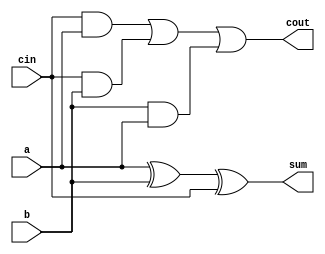
/*
 * Generated by Digital. Don't modify this file!
 * Any changes will be lost if this file is regenerated.
 */

module full_adder (
  input a,
  input cin,
  input b,
  output sum,
  output cout
);
  assign sum = (a ^ b ^ cin);
  assign cout = ((cin & a) | (cin & b) | (b & a));
endmodule

module four_bit_adder (
  input [3:0] a,
  input [3:0] b,
  input cin,
  output cout,
  output overfl,
  output [3:0] y
);
  wire s0;
  wire s1;
  wire s2;
  wire s3;
  wire s4;
  wire s5;
  wire s6;
  wire s7;
  wire s8;
  wire s9;
  wire cout_temp;
  wire s10;
  wire s11;
  wire s12;
  wire s13;
  wire s14;
  assign s0 = a[3];
  assign s1 = a[2];
  assign s2 = a[1];
  assign s3 = a[0];
  assign s4 = b[3];
  assign s5 = b[2];
  assign s6 = b[1];
  assign s7 = b[0];
  full_adder full_adder_i0 (
    .a( s3 ),
    .cin( cin ),
    .b( s7 ),
    .sum( s12 ),
    .cout( s13 )
  );
  full_adder full_adder_i1 (
    .a( s2 ),
    .cin( s13 ),
    .b( s6 ),
    .sum( s14 ),
    .cout( s10 )
  );
  full_adder full_adder_i2 (
    .a( s1 ),
    .cin( s10 ),
    .b( s5 ),
    .sum( s11 ),
    .cout( s8 )
  );
  full_adder full_adder_i3 (
    .a( s0 ),
    .cin( s8 ),
    .b( s4 ),
    .sum( s9 ),
    .cout( cout_temp )
  );
  assign overfl = (cout_temp ^ s8);
  assign y[3] = s9;
  assign y[2] = s11;
  assign y[1] = s14;
  assign y[0] = s12;
  assign cout = cout_temp;
endmodule